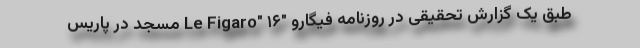
طبق یک گزارش تحقیقی در روزنامه فیگارو "Le Figaro" ۱۶ مسجد در پاریس